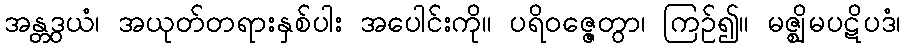
အန္တဒွယံ၊ အယုတ်တရားနှစ်ပါး အပေါင်းကို။ ပရိဝဇ္ဇေတွာ၊ ကြဉ်၍။ မဇ္ဈိမပဋိပဒံ၊